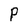
Character: P